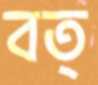
বত্